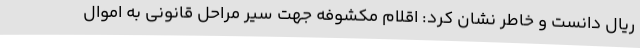
ریال دانست و خاطر نشان کرد: اقلام مکشوفه جهت سیر مراحل قانونی به اموال